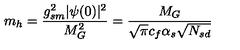
m _ { h } = \frac { g _ { s m } ^ { 2 } | \psi ( 0 ) | ^ { 2 } } { M _ { G } ^ { 2 } } = \frac { M _ { G } } { \sqrt { \pi } c _ { f } \alpha _ { s } \sqrt { N _ { s d } } }